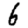
Digit: 6